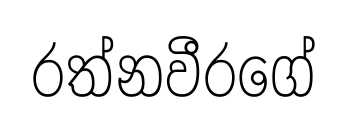
රත්නවීරගේ